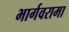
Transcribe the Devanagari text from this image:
भार्गवरामा